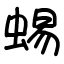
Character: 蜴